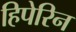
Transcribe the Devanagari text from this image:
हिपेरिन